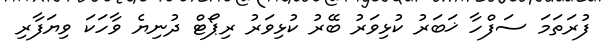
ފުރަތަމަ ސަފްހާ ޚަބަރު ކުޅިވަރު ބޭރު ކުޅިވަރު ރިޕޯޓް ދުނިޔެ ވާހަކަ ވިޔަފާރި